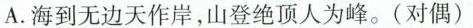
A.海到无边天作岸，山登绝顶人为峰。(对偶)